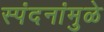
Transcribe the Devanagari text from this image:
स्पंदनांमुळे